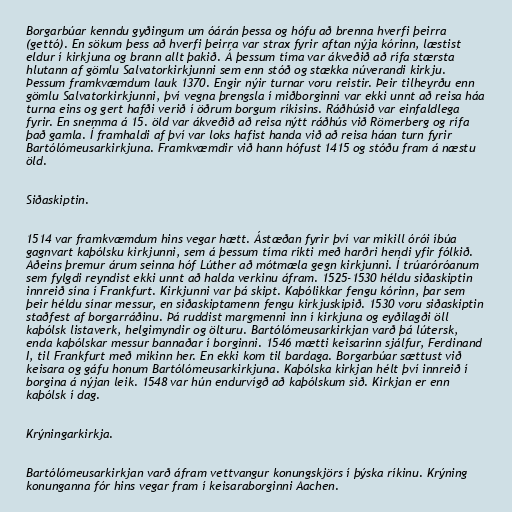
Borgarbúar kenndu gyðingum um óárán þessa og hófu að brenna hverfi þeirra
(gettó). En sökum þess að hverfi þeirra var strax fyrir aftan nýja kórinn, læstist
eldur í kirkjuna og brann allt þakið. Á þessum tíma var ákveðið að rífa stærsta
hlutann af gömlu Salvatorkirkjunni sem enn stóð og stækka núverandi kirkju.
Þessum framkvæmdum lauk 1370. Engir nýir turnar voru reistir. Þeir tilheyrðu enn
gömlu Salvatorkirkjunni, því vegna þrengsla í miðborginni var ekki unnt að reisa háa
turna eins og gert hafði verið í öðrum borgum ríkisins. Ráðhúsið var einfaldlega
fyrir. En snemma á 15. öld var ákveðið að reisa nýtt ráðhús við Römerberg og rífa
það gamla. Í framhaldi af því var loks hafist handa við að reisa háan turn fyrir
Bartólómeusarkirkjuna. Framkvæmdir við hann hófust 1415 og stóðu fram á næstu
öld.

Siðaskiptin.

1514 var framkvæmdum hins vegar hætt. Ástæðan fyrir því var mikill órói íbúa
gagnvart kaþólsku kirkjunni, sem á þessum tíma ríkti með harðri hendi yfir fólkið.
Aðeins þremur árum seinna hóf Lúther að mótmæla gegn kirkjunni. Í trúaróróanum
sem fylgdi reyndist ekki unnt að halda verkinu áfram. 1525-1530 héldu siðaskiptin
innreið sína í Frankfurt. Kirkjunni var þá skipt. Kaþólikkar fengu kórinn, þar sem
þeir héldu sínar messur, en siðaskiptamenn fengu kirkjuskipið. 1530 voru siðaskiptin
staðfest af borgarráðinu. Þá ruddist margmenni inn í kirkjuna og eyðilagði öll
kaþólsk listaverk, helgimyndir og ölturu. Bartólómeusarkirkjan varð þá lútersk,
enda kaþólskar messur bannaðar í borginni. 1546 mætti keisarinn sjálfur, Ferdinand
I, til Frankfurt með mikinn her. En ekki kom til bardaga. Borgarbúar sættust við
keisara og gáfu honum Bartólómeusarkirkjuna. Kaþólska kirkjan hélt því innreið í
borgina á nýjan leik. 1548 var hún endurvígð að kaþólskum sið. Kirkjan er enn
kaþólsk í dag.

Krýningarkirkja.

Bartólómeusarkirkjan varð áfram vettvangur konungskjörs í þýska ríkinu. Krýning
konunganna fór hins vegar fram í keisaraborginni Aachen.